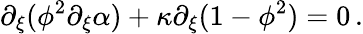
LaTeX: \partial_{\xi}(\phi^{2}\partial_{\xi}\alpha)+\kappa\partial_{\xi}(1-\phi^{2})=0\, .